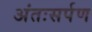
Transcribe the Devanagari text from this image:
अंतःसर्पण